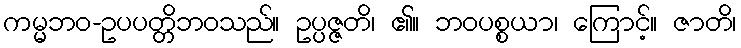
ကမ္မဘဝ-ဥပပတ္တိဘဝသည်။ ဥပ္ပဇ္ဇတိ၊ ၏။ ဘဝပစ္စယာ၊ ကြောင့်။ ဇာတိ၊